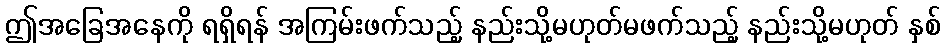
ဤအခြေအနေကို ရရှိရန် အကြမ်းဖက်သည့် နည်းသို့မဟုတ်မဖက်သည့် နည်းသို့မဟုတ် နှစ်